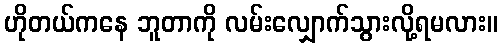
ဟိုတယ်ကနေ ဘူတာကို လမ်းလျှောက်သွားလို့ရမလား။